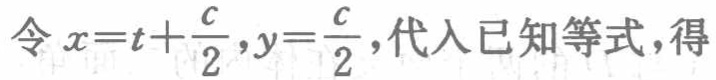
令 \(x = t+\frac{c}{2},y=\frac{c}{2}\)，代入已知等式，得